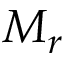
M _ { r }